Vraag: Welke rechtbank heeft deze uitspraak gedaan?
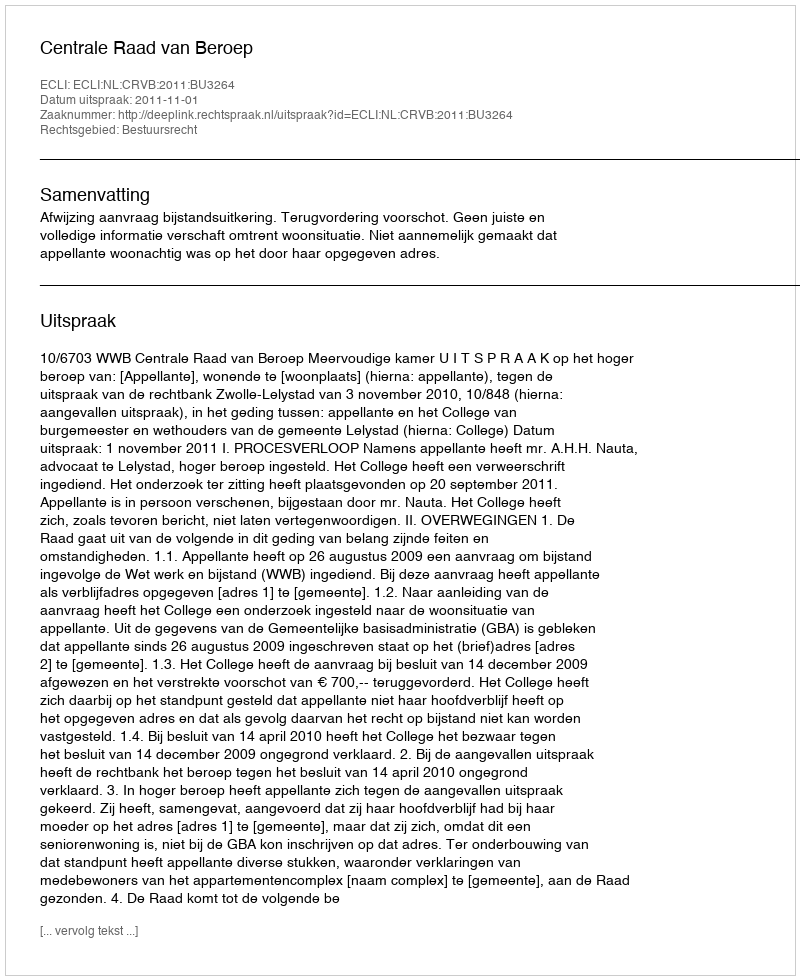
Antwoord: Centrale Raad van Beroep